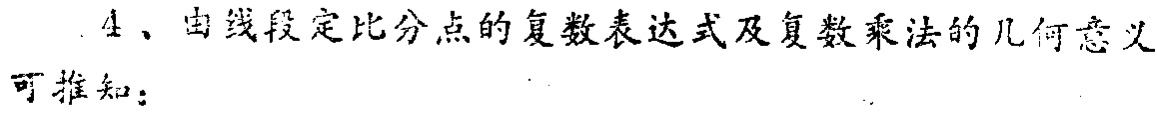
4、由线段定比分点的复数表达式及复数乘法的几何意义
可推知：